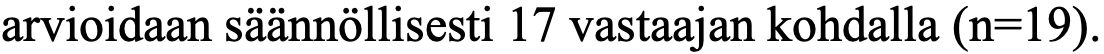
arvioidaan säännöllisesti 17 vastaajan kohdalla (n=19).